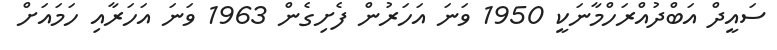
ސައީދް އަބްދުއްރަހްމާނަކީ 1950 ވަނަ އަހަރުން ފެށިގެން 1963 ވަނަ އަހަރާއި ހަމައަށް